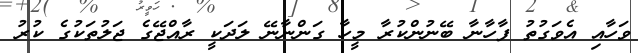
ވަހާއި އެވަގުތު ފާހާނާ ބޭނުންކުރާ މީހާ ގަންނާނޭ ލަދަކީ ރާއްޖޭގެ ޖަލުތަކުގެ ކުރު